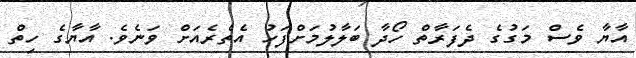
އާޔާ ވެސް މަގުގެ ދެފަރާތް ހޯދާ ބަލާލުމަށްފަހު އެތެރެއަށް ވަނެވެ. އާޔާގެ ހިތް